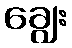
ချွေး